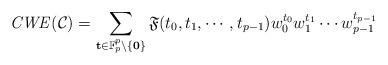
LaTeX: \begin{align*}\mathit{CWE}(\mathcal{C})=\sum\limits_{\mathbf{t}\in \mathbb{F}_{p}^{p}\setminus \lbrace \mathbf{0}\rbrace }\mathfrak{F}(t_{0},t_{1},\cdots,t_{p-1})w_{0}^{t_{0}}w_{1}^{t_{1}}\cdots w_{p-1}^{t_{p-1}}\end{align*}